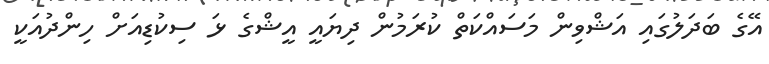
އޭގެ ބަދަލުގައި އަޝްވިން މަސައްކަތް ކުރަމުން ދިޔައީ އީޝްގެ ޅަ ސިކުޑިއަށް ހިންދުއަކީ